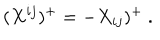
LaTeX: ( X ^ { i j } ) ^ { + } = - X _ { i j } ) ^ { + } \ .